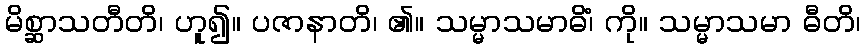
မိစ္ဆာသတီတိ၊ ဟူ၍။ ပဇာနာတိ၊ ၏။ သမ္မာသမာဓိံ၊ ကို။ သမ္မာသမာ ဓီတိ၊